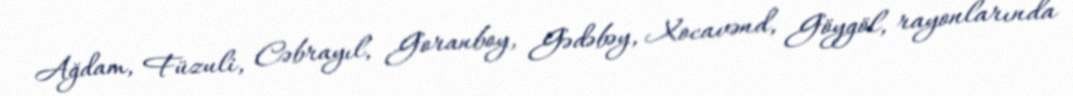
Ağdam, Füzuli, Cəbrayıl, Goranboy, Gədəbəy, Xocavənd, Göygöl, rayonlarında